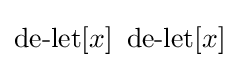
\operatorname {de-let} [x]\ \operatorname {de-let} [x]